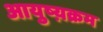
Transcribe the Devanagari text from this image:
आयुष्य़क्रम